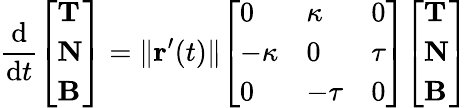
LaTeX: {\frac{\mathrm{d}}{\mathrm{d}t}}{\left[\begin{array}{l}{\mathbf{T}}\\ {\mathbf{N}}\\ {\mathbf{B}}\end{array}\right]}=\| \mathbf{r}^{\prime}(t)\| {\left[\begin{array}{lll}{0}&{\kappa}&{0}\\ {-\kappa}&{0}&{\tau}\\ {0}&{-\tau}&{0}\end{array}\right]}{\left[\begin{array}{l}{\mathbf{T}}\\ {\mathbf{N}}\\ {\mathbf{B}}\end{array}\right]}